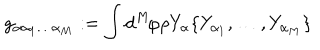
g _ { \alpha \alpha _ { 1 } \ldots \alpha _ { M } } : = \int d ^ { M } \! \varphi \rho Y _ { \alpha } \{ Y _ { \alpha _ { 1 } } , \ldots , Y _ { \alpha _ { M } } \}